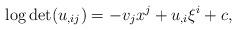
LaTeX: \begin{align*} \log\det (u_{,ij})=-v_jx^j+u_{,i}\xi^i+c, \end{align*}